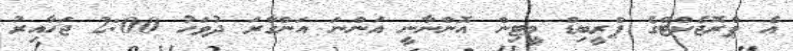
އެ ޕްރޮޖެކްޓްގެ ޕްރީބިޑް މީޓިން އޮންނާނީ އަންނަ އަންގާރަ ދުވަހު 2:00 ޖަހާއިރު